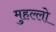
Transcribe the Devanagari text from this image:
मुहल्लो